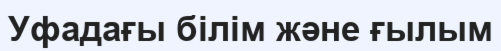
Уфадағы білім және ғылым